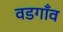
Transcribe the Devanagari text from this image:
वडगाँव